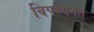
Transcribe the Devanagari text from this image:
विपश्यनेत